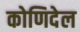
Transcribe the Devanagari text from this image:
कोणिदेल